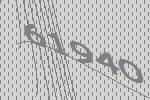
61940